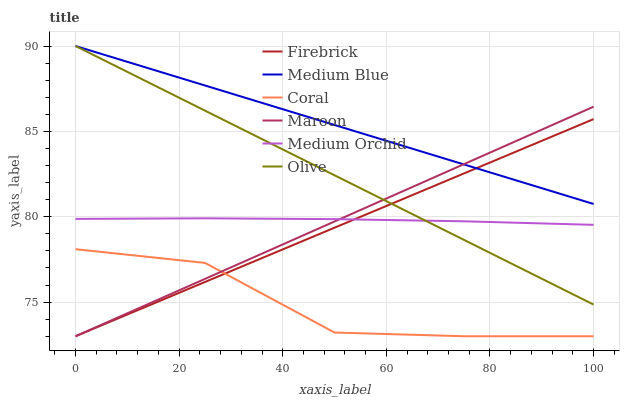
| xaxis_label | Firebrick | Medium Blue | Coral | Maroon | Medium Orchid | Olive |
 | --- | --- | --- | --- | --- | --- | --- |
 | 0 | 73 | 90 | 78.1 | 73 | 79.9 | 90 |
 | 25 | 76.2 | 87.7 | 77.3 | 76.4 | 79.9 | 86.2 |
 | 50 | 79.4 | 85.4 | 73.2 | 79.7 | 79.9 | 82.4 |
 | 75 | 82.5 | 83.1 | 73 | 83.1 | 79.7 | 78.6 |
 | 100 | 85.7 | 80.7 | 73 | 86.4 | 79.5 | 74.9 |